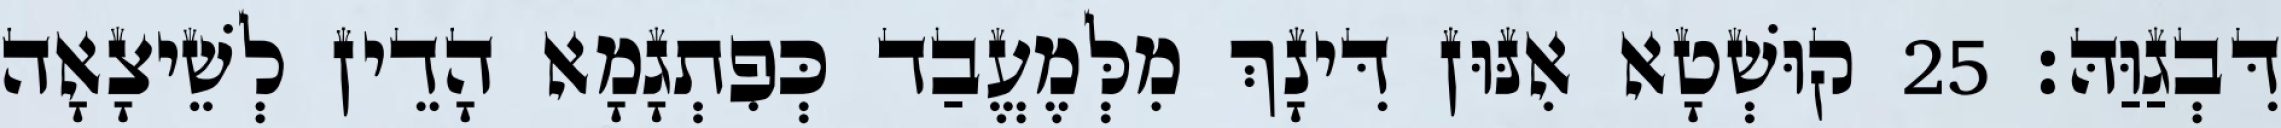
דִּבְגַוַּהּ׃ 25 קוּשְׁטָא אִנּוּן דִּינָךְ מִלְּמֶעֱבַד כְּפִתְגָמָא הָדֵין לְשֵׁיצָאָה